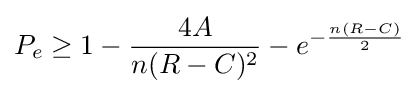
P_{e}\geq 1-{\frac {4A}{n(R-C)^{2}}}-e^{-{\frac {n(R-C)}{2}}}